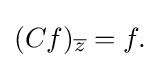
\displaystyle {(Cf)_{\overline {z}}=f.}